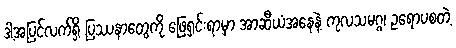
ဒါ့အပြင်လက်ရှိ ပြဿနာတွေကို ဖြေရှင်းရာမှာ အာဆီယံအနေနဲ့ ကုလသမဂ္ဂ၊ ဥရောပစတဲ့